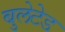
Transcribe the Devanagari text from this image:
बुलेटेड